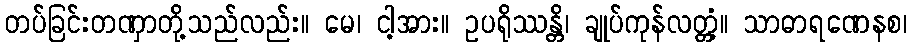
တပ်ခြင်းတဏှာတို့သည်လည်း။ မေ၊ ငါ့အား။ ဥပရိုဿန္တိ၊ ချုပ်ကုန်လတ္တံ့။ သာဓာရဏေနစ၊